Scientific memoirs by medical officers of the Army of India - Part III,
Year: 1887
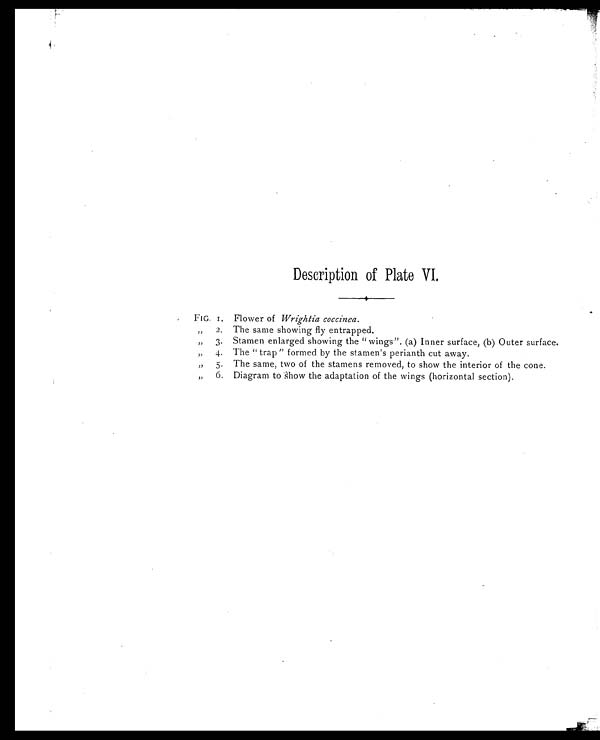
Description of Plate VI.
FIG. i. Flower of Wrightia coccinea.
„ 2. The same showing fly entrapped.
„ 3. Stamen enlarged showing the "wings". (a) Inner surface, (b) Outer surface.
„ 4, The " trap " formed by the stamen's perianth cut away.
„ 5. The same, two of the stamens removed, to show the interior of the cone.
„ 6. Diagram to show the adaptation of the wings (horizontal section).